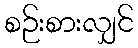
စဉ်းစားလျှင်